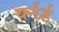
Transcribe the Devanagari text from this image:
यर्नर्ड